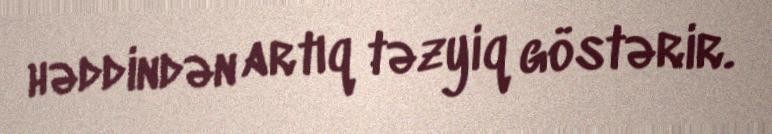
həddindən artıq təzyiq göstərir.